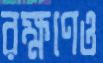
রক্ষণেও